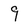
Character: 9